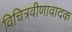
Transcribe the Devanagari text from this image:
विचित्रवीणावादक